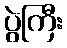
ပွဲကြီး